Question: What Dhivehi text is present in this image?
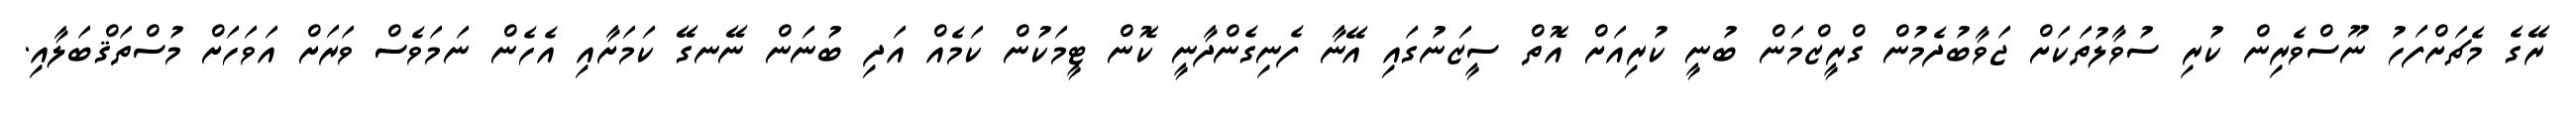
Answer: ރޭގެ މެޗަށްފަހު ނޫސްވެރިން ކުރި ސުވާލުތަކަށް ޖަވާބުދެމުން ގްރީޒްމަން ބުނީ ކުރިއަށް އޮތް ސީޒަނުގައި އޭނާ ފެނިގެންދާނީ ކޮން ޓީމަކުން ކަމެއް އަދި ބުނަން ނޭނގޭ ކަމަށާއި އެހެން ނަމަވެސް ވަރަށް އަވަހަށް މުސްތަޤްބަލާއި.